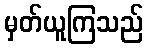
မှတ်ယူကြသည်